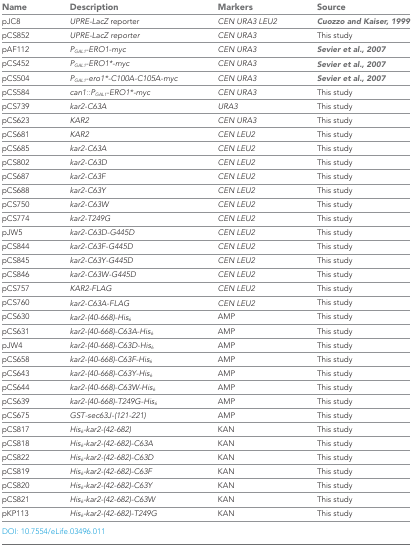
<table><thead><tr><td><b>Name</b></td><td><b>Description</b></td><td><b>Markers</b></td><td><b>Source</b></td></tr></thead><tbody><tr><td>pJC8</td><td><i>UPRE-LacZ</i> reporter</td><td><i>CEN URA3 LEU2</i></td><td>Cuozzo and Kaiser, 1999</td></tr><tr><td>pCS852</td><td><i>UPRE-LacZ reporter</i></td><td><i>CEN URA3</i></td><td>This study</td></tr><tr><td>pAF112</td><td><i>P</i><sub><i>GAL1</i></sub><i>-ERO1-myc</i></td><td><i>CEN URA3</i></td><td>Sevier et al., 2007</td></tr><tr><td>pCS452</td><td><i>P</i><sub><i>GAL1</i></sub><i>-ERO1*-myc</i></td><td><i>CEN URA3</i></td><td>Sevier et al., 2007</td></tr><tr><td>pCS504</td><td><i>P</i><sub><i>GAL1</i></sub><i>-ero1*-C100A-C105A-myc</i></td><td><i>CEN URA3</i></td><td>Sevier et al., 2007</td></tr><tr><td>pCS584</td><td><i>can1::P</i><sub><i>GAL1</i></sub><i>-ERO1*-myc</i></td><td><i>CEN URA3</i></td><td>This study</td></tr><tr><td>pCS739</td><td><i>kar2-C63A</i></td><td><i>URA3</i></td><td>This study</td></tr><tr><td>pCS623</td><td><i>KAR2</i></td><td><i>CEN URA3</i></td><td>This study</td></tr><tr><td>pCS681</td><td><i>KAR2</i></td><td><i>CEN LEU2</i></td><td>This study</td></tr><tr><td>pCS685</td><td><i>kar2-C63A</i></td><td><i>CEN LEU2</i></td><td>This study</td></tr><tr><td>pCS802</td><td><i>kar2-C63D</i></td><td><i>CEN LEU2</i></td><td>This study</td></tr><tr><td>pCS687</td><td><i>kar2-C63F</i></td><td><i>CEN LEU2</i></td><td>This study</td></tr><tr><td>pCS688</td><td><i>kar2-C63Y</i></td><td><i>CEN LEU2</i></td><td>This study</td></tr><tr><td>pCS750</td><td><i>kar2-C63W</i></td><td><i>CEN LEU2</i></td><td>This study</td></tr><tr><td>pCS774</td><td><i>kar2-T249G</i></td><td><i>CEN LEU2</i></td><td>This study</td></tr><tr><td>pJW5</td><td><i>kar2-C63D-G445D</i></td><td><i>CEN LEU2</i></td><td>This study</td></tr><tr><td>pCS844</td><td><i>kar2-C63F-G445D</i></td><td><i>CEN LEU2</i></td><td>This study</td></tr><tr><td>pCS845</td><td><i>kar2-C63Y-G445D</i></td><td><i>CEN LEU2</i></td><td>This study</td></tr><tr><td>pCS846</td><td><i>kar2-C63W-G445D</i></td><td><i>CEN LEU2</i></td><td>This study</td></tr><tr><td>pCS757</td><td><i>KAR2-FLAG</i></td><td><i>CEN LEU2</i></td><td>This study</td></tr><tr><td>pCS760</td><td><i>kar2-C63A-FLAG</i></td><td><i>CEN LEU2</i></td><td>This study</td></tr><tr><td>pCS630</td><td><i>kar2-(40-668)-His</i><sub><i>6</i></sub></td><td>AMP</td><td>This study</td></tr><tr><td>pCS631</td><td><i>kar2-(40-668)-C63A-His</i><sub><i>6</i></sub></td><td>AMP</td><td>This study</td></tr><tr><td>pJW4</td><td><i>kar2-(40-668)-C63D-His</i><sub><i>6</i></sub></td><td>AMP</td><td>This study</td></tr><tr><td>pCS658</td><td><i>kar2-(40-668)-C63F-His</i><sub><i>6</i></sub></td><td>AMP</td><td>This study</td></tr><tr><td>pCS643</td><td><i>kar2-(40-668)-C63Y-His</i><sub><i>6</i></sub></td><td>AMP</td><td>This study</td></tr><tr><td>pCS644</td><td><i>kar2-(40-668)-C63W-His</i><sub><i>6</i></sub></td><td>AMP</td><td>This study</td></tr><tr><td>pCS639</td><td><i>kar2-(40-668)-T249G-His</i><sub><i>6</i></sub></td><td>AMP</td><td>This study</td></tr><tr><td>pCS675</td><td><i>GST-sec63J-(121-221)</i></td><td>AMP</td><td>This study</td></tr><tr><td>pCS817</td><td><i>His</i><sub><i>6</i></sub><i>-kar2-(42-682)</i></td><td>KAN</td><td>This study</td></tr><tr><td>pCS818</td><td><i>His</i><sub><i>6</i></sub><i>-kar2-(42-682)-C63A</i></td><td>KAN</td><td>This study</td></tr><tr><td>pCS822</td><td><i>His</i><sub><i>6</i></sub><i>-kar2-(42-682)-C63D</i></td><td>KAN</td><td>This study</td></tr><tr><td>pCS819</td><td><i>His</i><sub><i>6</i></sub><i>-kar2-(42-682)-C63F</i></td><td>KAN</td><td>This study</td></tr><tr><td>pCS820</td><td><i>His</i><sub><i>6</i></sub><i>-kar2-(42-682)-C63Y</i></td><td>KAN</td><td>This study</td></tr><tr><td>pCS821</td><td><i>His</i><sub><i>6</i></sub><i>-kar2-(42-682)-C63W</i></td><td>KAN</td><td>This study</td></tr><tr><td>pKP113</td><td><i>His</i><sub><i>6</i></sub><i>-kar2-(42-682)-T249G</i></td><td>KAN</td><td>This study</td></tr></tbody></table>